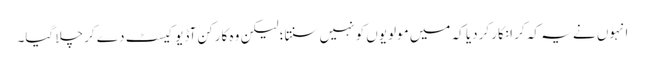
انہوں نے یہ کہ کر انکار کردیا کہ میں مولویوں کو نہیں سنتا؛ لیکن وہ کارکن آڈیو کیسٹ دے کر چلا گیا۔